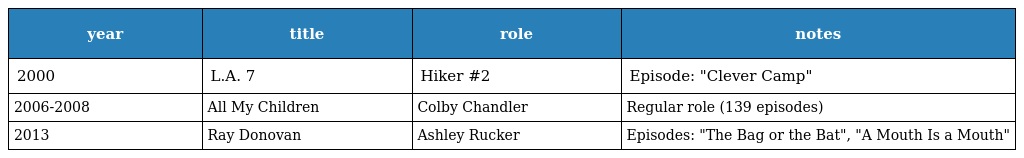
| year | title | role | notes |
 | --- | --- | --- | --- |
 | 2000 | L.A. 7 | Hiker #2 | Episode: "Clever Camp" |
 | 2006-2008 | All My Children | Colby Chandler | Regular role (139 episodes) |
 | 2013 | Ray Donovan | Ashley Rucker | Episodes: "The Bag or the Bat", "A Mouth Is a Mouth" |